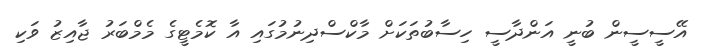
އޭސީސީން ބުނީ އަންދާސީ ހިސާބުތަކަށް މާކްސްދިނުމުގައި އާ ކޮމެޓީގެ މެމްބަރު ޖާއިޒު ވަކި